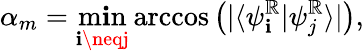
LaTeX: \alpha_{m}=\operatorname*{m\mathbf{i}n}_{\mathbf{i}\neqj}\operatorname{arccos}\left(|\langle\psi_{\mathbf{i}}^{\mathbb{R}}|\psi_{j}^{\mathbb{R}}\rangle|\right),